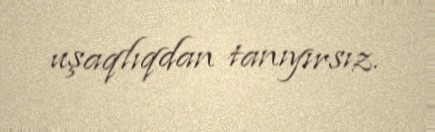
uşaqlıqdan tanıyırsız.